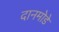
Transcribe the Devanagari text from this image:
दानमोडे